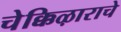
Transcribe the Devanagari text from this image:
चेक्किऴाराचे